Scottish Leaving Certificate Examination, 1960
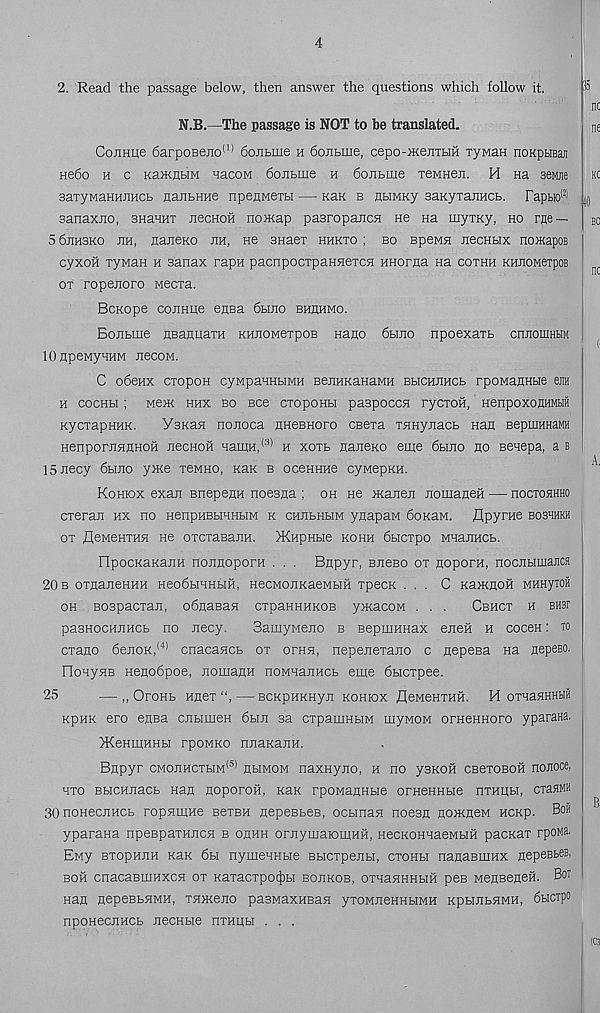
4
2. Read the passage below, then answer the questions which follow it.
35
N.B.—The passage is NOT to he translated.
ConHue 6arpoBejio (1) dojitme n donbuie, cepo-mejrrbiH Tywan noKptiBaJi
nedo h c Ka>KnbiM uacoM dojibiue h donbine TeMHen. M Ha seMjie
saTywaHHiiHCb HanbHue npenMerbi — kek b HbiMKy BaKyiajiHCb. Fapbro' 21 jj
sanaxjio, SHauHT necHoh no>Kap pasropancH ne Ha myxKy, ho me —
5 6jih3ko jih, najieKO jih, ne 3Haex hhkxo ; bo Bpewsi jibchbix noHapos
cyxoii xywaH h sanax rapn pacnpocxpaHHexcn HHorna Ha coxhh KHJiOMexpoB
ox ropenoro Mecxa.
BcKope cojiHue enea 6hjio bhuhmo.
Bojibme flBatmaxH KHJiOMexpoB nano 6hjio npoexaxb cnjiouiHbiM
lOapeMyHHM necoM.
C obenx cxopoH cyMpanHHMH BejinKanaMn BbiCHJTHCb rpoMaHHbie era
h cochh ; Me>K hhx bo Bee cxopoHH paspoccH xycxoii, HenpoxonHMbiii
KycxapHHK.
VBKan nojioca HHeBHoro csexa xHHyjiacb nan BepniHHaMH
HenpomnnHOH JiecHOH HamH, (3) h xoxb nanexo eme 6hjio no Benepa, a b
ISnecy 6bmo yxce xeMHO, Kan b oceHHne cyMepKH.
Kohiox exan Bnepenn noesna ; oh He manen nomaneH — hoctohhho
cxeran hx no HenpHBbWHbiM k CHJibHbiM ynapaM 6oKaM. flpyrHe boshhkh
ox fleMeHXHH He oxcxaBaJiH. JKnpHbie kohh dbicxpo MHajiHCb.
HpocKaKajiH nonnopora . . . Bnpyr, bubbo ox noporn, nocnbimara
20 b oxnaneHHH HeodbiHHHH, HecMOJiKaeMbiii xpecx . . . C Kaxmoii MHHyToii
oh Bospacxan, obnaBan cxpaHHHKOB yxiacoM . . .
Cbhcx h bhbf
pasHOCHHHCb no necy.
SamyMeno b BepmHHax eneii h coceH: to
cxano 6enoK, (4) cnacancb ox ornn, nepenexano c nepesa na nepeso.
FloHyHB Henobpoe, nomanH noMHanHCb euje bbicxpee.
25
—,, OroHb Hnex“,—BCKpHKHyn kohbox fleMenxHH. H oxnaHHHbm
KpnK ero enea cnbimeH 6bin sa cxpauiHHM myMOM orneKHoro yparana.
>KeHmHHbi rpoMKO nnaKanH.
Bnpyr CMOJiHcxbiM* 51 hbimom naxayno, h no ysKOH cbcxoboh nonoce,
hxo BbicHnacb nan noporoh, Kan rpowanHbie orHeHHbie nxHKbi, cxasMH
SOnoHecnHCb ropyimHe BexBH nepeBbeB, ocbinan noesn no>KneM Hcnp. Boh
yparana npeBpaxHucn b ohhh orjiymaromHii, HecKOHnaeMbra pacnax rpona.
Eny BxopHJiH Kan 6h nymeHHbie Bbicxpejibi, ctohh nanaBuinx nepeBbeB,
boh cnacaBmHXOH ox KaxacxpotJjbi boukob, oxnaHHHbm pes MenBeneii. Bot
nan nepeBbHMH, xHOKeno pasMaxHBan yxowjieHHbiMH KpunbHMH, bbicxpo
npoHecjiHCb necHbie nxHpbi . . .